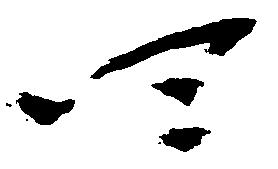
四